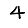
Digit: 4